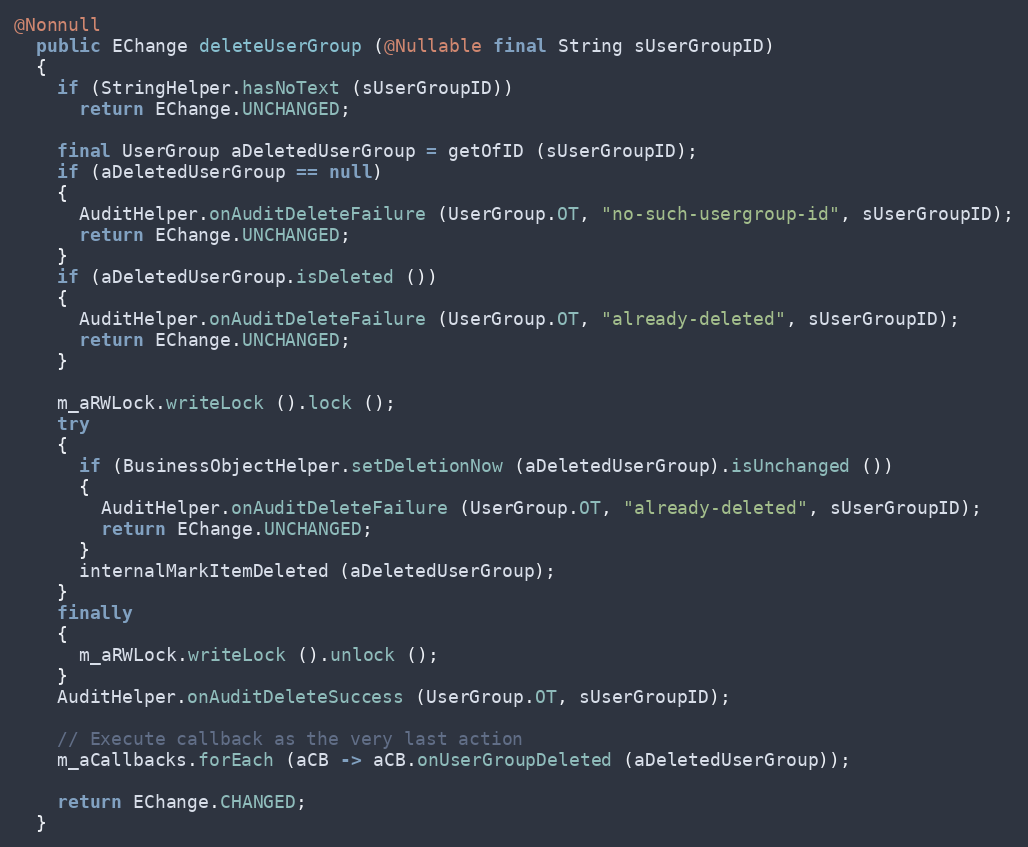
Language: Java
@Nonnull
  public EChange deleteUserGroup (@Nullable final String sUserGroupID)
  {
    if (StringHelper.hasNoText (sUserGroupID))
      return EChange.UNCHANGED;

    final UserGroup aDeletedUserGroup = getOfID (sUserGroupID);
    if (aDeletedUserGroup == null)
    {
      AuditHelper.onAuditDeleteFailure (UserGroup.OT, "no-such-usergroup-id", sUserGroupID);
      return EChange.UNCHANGED;
    }
    if (aDeletedUserGroup.isDeleted ())
    {
      AuditHelper.onAuditDeleteFailure (UserGroup.OT, "already-deleted", sUserGroupID);
      return EChange.UNCHANGED;
    }

    m_aRWLock.writeLock ().lock ();
    try
    {
      if (BusinessObjectHelper.setDeletionNow (aDeletedUserGroup).isUnchanged ())
      {
        AuditHelper.onAuditDeleteFailure (UserGroup.OT, "already-deleted", sUserGroupID);
        return EChange.UNCHANGED;
      }
      internalMarkItemDeleted (aDeletedUserGroup);
    }
    finally
    {
      m_aRWLock.writeLock ().unlock ();
    }
    AuditHelper.onAuditDeleteSuccess (UserGroup.OT, sUserGroupID);

    // Execute callback as the very last action
    m_aCallbacks.forEach (aCB -> aCB.onUserGroupDeleted (aDeletedUserGroup));

    return EChange.CHANGED;
  }